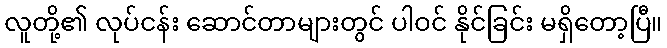
လူတို့၏ လုပ်ငန်း ဆောင်တာများတွင် ပါဝင် နိုင်ခြင်း မရှိတော့ပြီ။